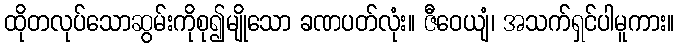
ထိုတလုပ်သောဆွမ်းကိုစု၍မျိုသော ခဏပတ်လုံး။ ဇီဝေယျံ၊ အသက်ရှင်ပါမူကား။